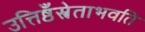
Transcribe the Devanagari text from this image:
उत्तिष्ठँस्त्रेताभवति